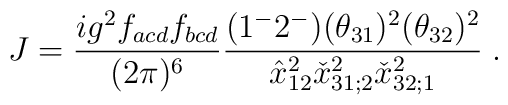
J={ig^2f_{acd}f_{bcd}\over(2\pi)^{6}}{(1^-2^-)(\theta_{31})^2(\theta_{32})^2\over \hat x^2_{12} \check x^2_{31;2}\check x^2_{32;1}}\;.